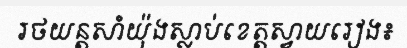
រថយន្តសាំយ៉ុងស្លាប់ខេត្តស្វាយរៀង៖